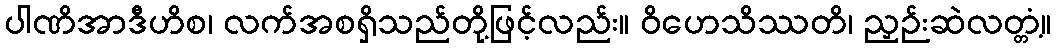
ပါဏိအာဒီဟိစ၊ လက်အစရှိသည်တို့ဖြင့်လည်း။ ဝိဟေသိဿတိ၊ ညှဉ်းဆဲလတ္တံ့။